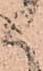
御